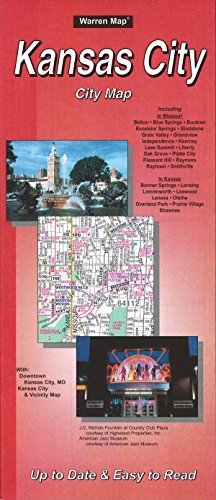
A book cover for Kansas City, MO; The Seeger Map Company Inc.; Travel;